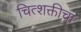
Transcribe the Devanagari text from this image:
चित्शक्तीचा